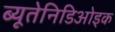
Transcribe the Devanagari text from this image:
ब्यूतेनिडिओइक